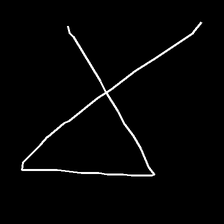
Glyph: collection